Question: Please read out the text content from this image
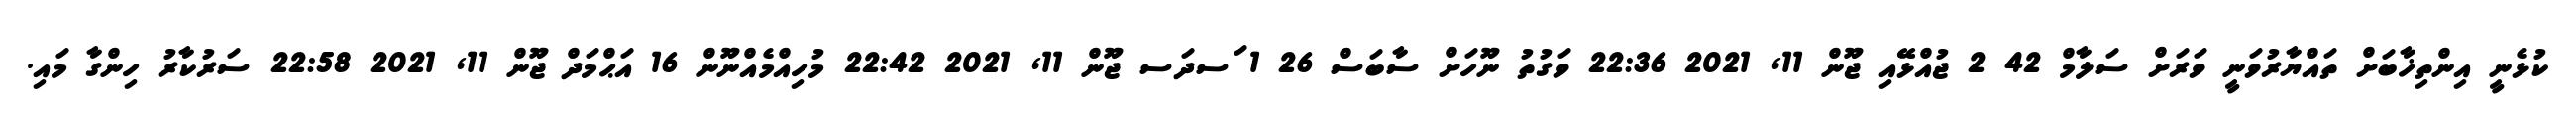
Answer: ކުޅެނީ އިންތިޚާބަށް ތައްޔާރުވަނީ ވަރަށް ސަލާމް 42 2 ޖުއްޅޭއި ޖޫން 11, 2021 22:36 ވަގުތު ނޫހަށް ސާބަސް 26 1 ަސދަސ ޖޫން 11, 2021 22:42 މުހިއްމެއްނޫން 16 އަޙްމަދް ޖޫން 11, 2021 22:58 ސަރުކާރު ހިންގާ މައި.